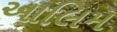
આલિમ